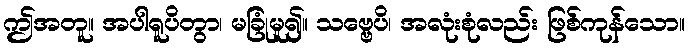
ဤအတူ။ အပါရူပိတွာ၊ မခြုံမူ၍။ သဗ္ဗေပိ၊ အလုံးစုံလည်း ဖြစ်ကုန်သော။